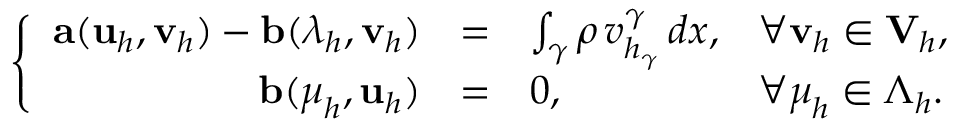
\left\{ \begin{array} { r c l l } { { \bf a } ( { \bf u } _ { h } , { \bf v } _ { h } ) - { \bf b } ( \boldsymbol \lambda _ { h } , { \bf v } _ { h } ) } & { = } & { \int _ { \gamma } \rho \, v _ { h _ { \gamma } } ^ { \gamma } \, d x , } & { \forall { \bf v } _ { h } \in { \bf V } _ { h } , } \\ { { \bf b } ( \boldsymbol \mu _ { h } , { \bf u } _ { h } ) } & { = } & { 0 , } & { \forall \boldsymbol \mu _ { h } \in \boldsymbol \Lambda _ { h } . } \end{array} \right.